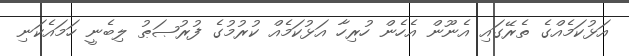
އަޅުކަމެއްގެ ތެރޭގައި އެނޫން އެހެން ހުރިހާ އަޅުކަމެއް ކުރުމުގެ ފުރުޞަޠު ލިބެނީ ހަމައެކަނި